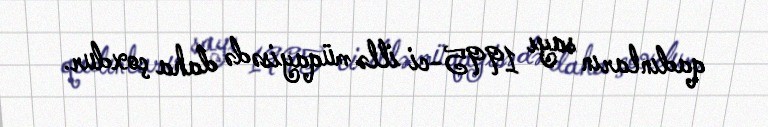
qadınların sayı 1995-ci illə müqayisədə daha çoxdur.